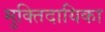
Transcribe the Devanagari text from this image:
मुक्तिदायिका